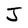
Character: J